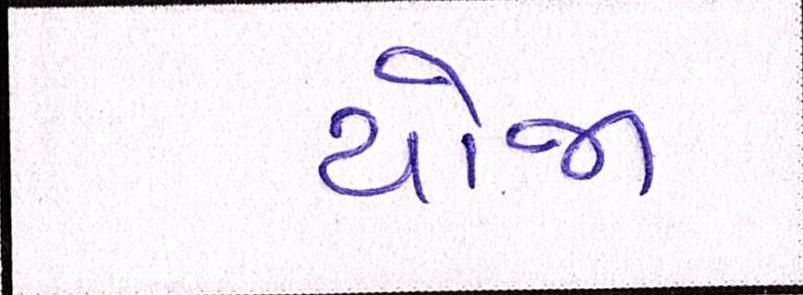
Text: યોજા